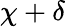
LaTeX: \chi+\delta